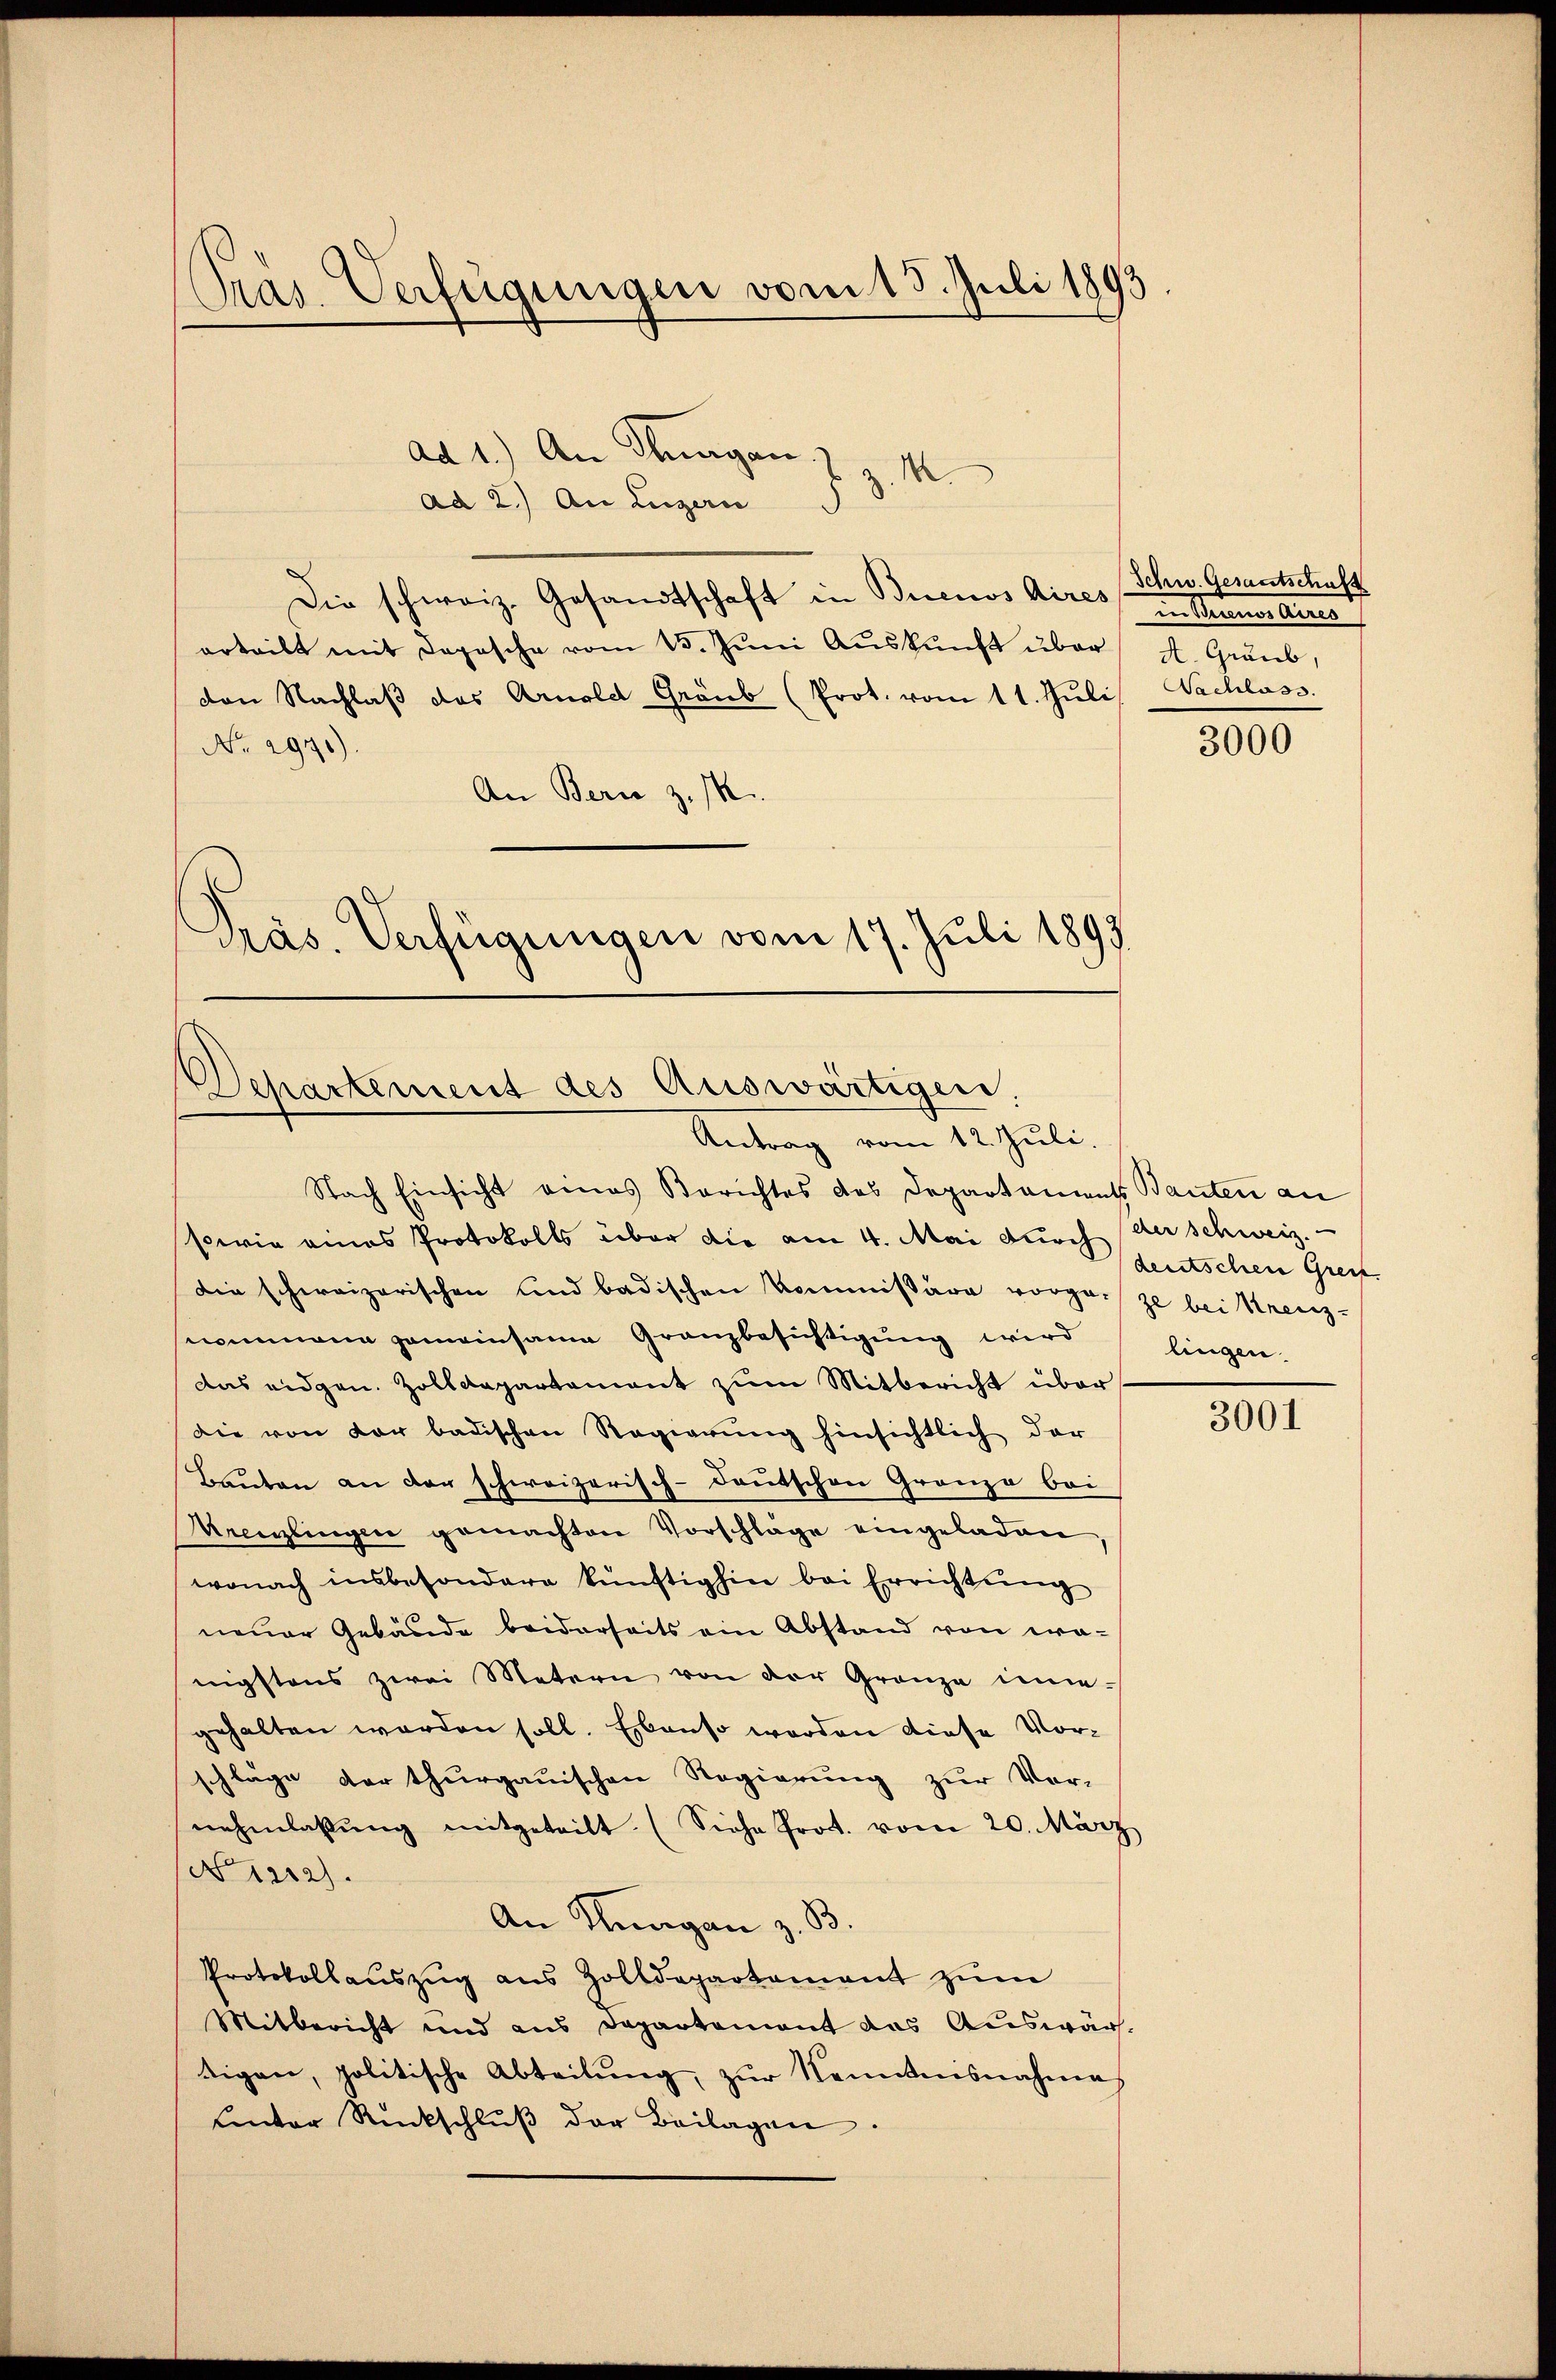
Pras. Verfügungen vom 15. Juli 1893

ad 1.) An Stangen z. Z. M.
ad 2.) An Luzern
Die schweiz. Gesandtschaft in Buenos Aires in Buenos Aires
orteilt mit dopesche vom 13. Juni Auskunft über A. Graub,
den Nachlaβ das Arnold Graub (Prot. vom 11. Jŭli Nachlass.
No. 2971).
An Berne z. R.
Präs. Verfügungen vom 17. Juli 1893

Departement des Auswärtigen
Antrag vom 12. Juli.

Schw. Gesandtschaft

Nach Einsicht eines Berichtes des Departament Bauten an
sowie eines Protokolls über die am 4. Mai durch der schweiz.
die schweizerischen und badischen Kommissäre vorgenze bei Kreiznommenen gemeinsame Granzbesichtigung wird
Das eidgen. Zolldepartement zum Mitbericht über
die von der badischen Regierŭng hinsichtlich der
Bauten an der schweizerisch-deutschen Granze bei
Krenzlingen gemachten Vorschläge eingeladen
wonach insbesondere künftighin bei Errichtung
neuer Gebäude beiderseits ein Abstand von era-
nigstens zwei Metern von der Gränze inne-
gehalten werden soll. Ebenso werden diese Vorschläge der thurgauischen Regierung zur Vor-
nehmlassung mitgeteilt. (Siehe Prot. vom 20. März
No 1312).
An Knagan z. B.
Protokollaŭszŭg aŭs Zolldepartament zŭm
Mitbericht und aus Departement das Auswärtigen, politische Abteilŭng, zŭr Kenntnisnahme
unter Rückschlŭβ der Beilagen.

3000

deutschen Greif.
lingen.

3001